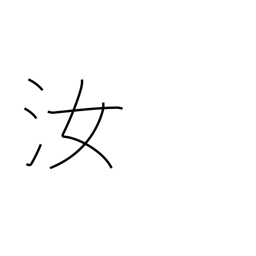
Meaning: you